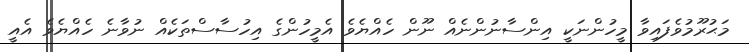
މަޙުރޫމުވެފައިވާ މީހުންނަކީ އިންސާނުންނެއް ނޫން ހެއްޔެވެ އެމީހުންގެ އިހުސާސްތަކެއް ނުވާނެ ހެއްޔެވެ އެއީ